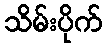
သိမ်းပိုက်